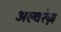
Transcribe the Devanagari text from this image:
अल्वरेज़